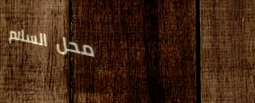
محل السلام